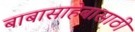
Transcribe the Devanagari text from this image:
बाबासाहेबासाठी